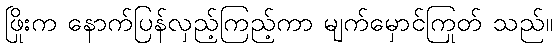
ဖြိုးက နောက်ပြန်လှည့်ကြည့်ကာ မျက်မှောင်ကြုတ် သည်။